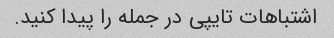
اشتباهات تایپی در جمله را پیدا کنید.